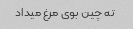
ته چین بوی مرغ میداد